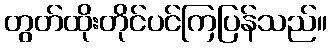
တွတ်ထိုးတိုင်ပင်ကြပြန်သည်။